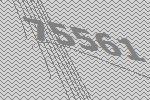
75561